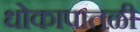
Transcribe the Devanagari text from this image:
धोकापातळी